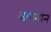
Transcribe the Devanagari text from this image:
आपमान